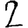
Digit: 2